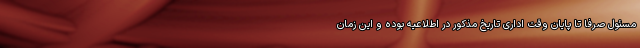
مسئول صرفا تا پایان وقت اداری تاریخ مذکور در اطلاعیه بوده و این زمان